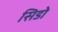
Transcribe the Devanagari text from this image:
सिडो